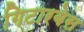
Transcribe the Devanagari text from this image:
गिटारबेस